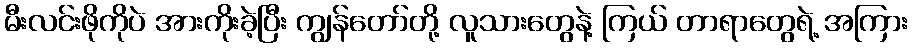
မီးလင်းဖိုကိုပဲ အားကိုးခဲ့ပြီး ကျွန်တော်တို့ လူသားတွေနဲ့ ကြယ် တာရာတွေရဲ့ အကြား